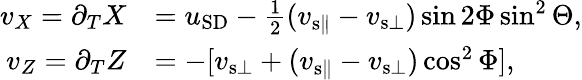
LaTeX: \begin{array}{rl}{v_{X}=\partial_{T}X}&{=u_{\mathrm{SD}}-\frac{1}{2}(v_{{\mathrm{s}}\parallel}-v_{{\mathrm{s}}\bot})\sin 2\Phi\sin^{2}\Theta,}\\ {v_{Z}=\partial_{T}Z}&{=-[v_{{\mathrm{s}}\bot}+(v_{{\mathrm{s}}\parallel}-v_{{\mathrm{s}}\bot})\cos^{2}\Phi],}\end{array}